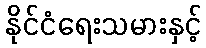
နိုင်ငံရေးသမားနှင့်